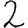
Digit: 2